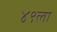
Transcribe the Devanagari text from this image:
४९ला